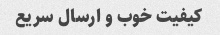
کیفیت خوب و ارسال سریع